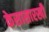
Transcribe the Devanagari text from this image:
केसासारखी